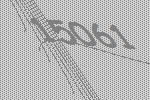
15061